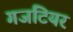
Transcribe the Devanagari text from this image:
गजटियर